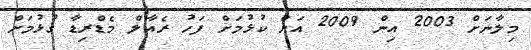
މިލާނަށް 2003 އިން 2009 އަށް ކުޅުމަށް ފަހު ރެއާލް މެޑްރިޑާ ގުޅުމަށް